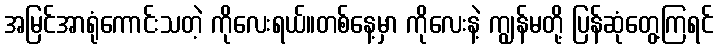
အမြင်အာရုံကောင်းသတဲ့ ကိုလေးရယ်။တစ်နေ့မှာ ကိုလေးနဲ့ ကျွန်မတို့ ပြန်ဆုံတွေ့ကြရင်